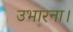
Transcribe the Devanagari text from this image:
उभारना।